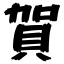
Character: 賀